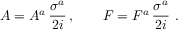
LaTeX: A = A ^ { a } \, \frac { \sigma ^ { a } } { 2 i } \, , \qquad F = F ^ { a } \, \frac { \sigma ^ { a } } { 2 i } \, \, .